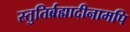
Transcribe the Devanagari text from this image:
स्तुतिर्ब्रह्मादीनामपि